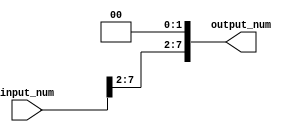
module FixedPointConverter (
    input signed [INT_BITS+FRAC_BITS-1:0] input_num,
    output signed [NEW_INT_BITS+NEW_FRAC_BITS-1:0] output_num
);

parameter INT_BITS = 8;
parameter FRAC_BITS = 4;
parameter NEW_INT_BITS = 6;
parameter NEW_FRAC_BITS = 2;

reg signed [INT_BITS+FRAC_BITS-1:0] temp_num;

always @(*) begin
    temp_num = input_num >> (FRAC_BITS-NEW_FRAC_BITS);
    output_num = temp_num << (FRAC_BITS-NEW_FRAC_BITS);
end

endmodule